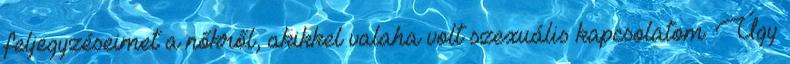
feljegyzéseimet a nőkről, akikkel valaha volt szexuális kapcsolatom. Úgy